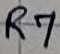
Text: R7